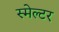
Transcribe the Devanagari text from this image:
स्मेल्टर